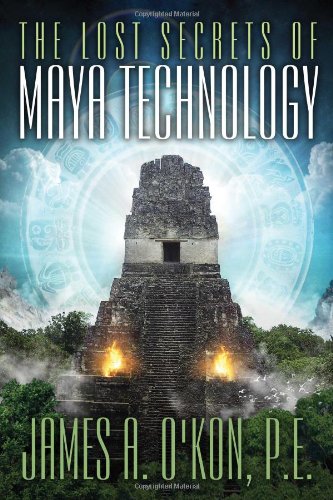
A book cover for The Lost Secrets of Maya Technology; James O'Kon; History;